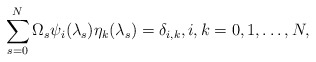
\begin{align*}\sum_{s=0}^{N}\Omega_s\psi_i(\lambda_s)\eta_k(\lambda_s)=\delta_{i,k}, i,k=0,1,\ldots,N,\end{align*}